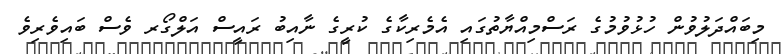
މިބައްދަލުވުން ހުޅުވުމުގެ ރަސްމިއްޔާތުގައި އެމެރިކާގެ ކުރީގެ ނާއިބު ރައީސް އަލްގޯރ ވެސް ބައިވެރިވެ